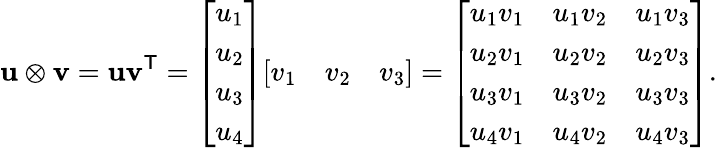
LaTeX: \mathbf{u}\otimes\mathbf{v}=\mathbf{u}\mathbf{v}^{\textsf{T}}={\left[\begin{array}{l}{u_{1}}\\ {u_{2}}\\ {u_{3}}\\ {u_{4}}\end{array}\right]}{\left[\begin{array}{lll}{v_{1}}&{v_{2}}&{v_{3}}\end{array}\right]}={\left[\begin{array}{lll}{u_{1}v_{1}}&{u_{1}v_{2}}&{u_{1}v_{3}}\\ {u_{2}v_{1}}&{u_{2}v_{2}}&{u_{2}v_{3}}\\ {u_{3}v_{1}}&{u_{3}v_{2}}&{u_{3}v_{3}}\\ {u_{4}v_{1}}&{u_{4}v_{2}}&{u_{4}v_{3}}\end{array}\right]}.